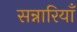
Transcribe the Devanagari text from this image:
सन्नारियाँ